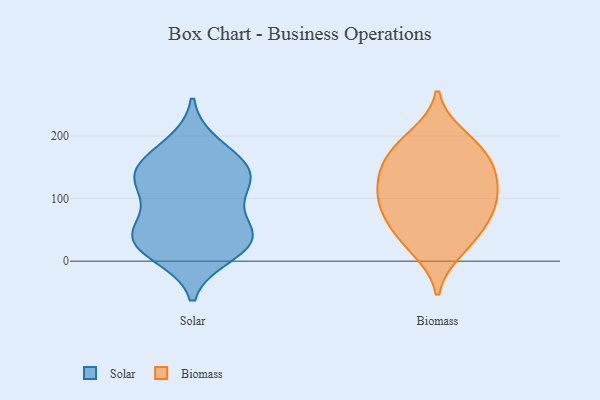
{"axis": {"x": "Humidity (%)", "y": "Value"}, "legend": ["Biomass", "Solar"], "data": [{"x": "", "y": 135, "type": "Solar"}, {"x": "", "y": 156, "type": "Solar"}, {"x": "", "y": 118, "type": "Solar"}, {"x": "", "y": 140, "type": "Solar"}, {"x": "", "y": 37, "type": "Solar"}, {"x": "", "y": 146, "type": "Solar"}, {"x": "", "y": 185, "type": "Solar"}, {"x": "", "y": 34, "type": "Solar"}, {"x": "", "y": 40, "type": "Solar"}, {"x": "", "y": 28, "type": "Solar"}, {"x": "", "y": 52, "type": "Solar"}, {"x": "", "y": 12, "type": "Solar"}, {"x": "", "y": 98, "type": "Solar"}, {"x": "", "y": 54, "type": "Biomass"}, {"x": "", "y": 184, "type": "Biomass"}, {"x": "", "y": 68, "type": "Biomass"}, {"x": "", "y": 154, "type": "Biomass"}, {"x": "", "y": 119, "type": "Biomass"}, {"x": "", "y": 143, "type": "Biomass"}, {"x": "", "y": 18, "type": "Biomass"}, {"x": "", "y": 99, "type": "Biomass"}, {"x": "", "y": 175, "type": "Biomass"}, {"x": "", "y": 31, "type": "Biomass"}, {"x": "", "y": 97, "type": "Biomass"}, {"x": "", "y": 200, "type": "Biomass"}, {"x": "", "y": 135, "type": "Biomass"}, {"x": "", "y": 83, "type": "Biomass"}]}